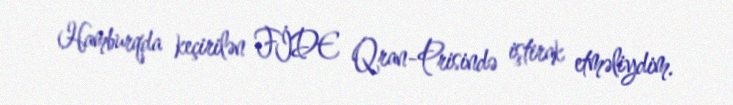
Hamburqda keçirilən FİDE Qran-Prisində iştirak etməliydim.